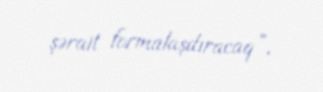
şərait formalaşdıracaq”.